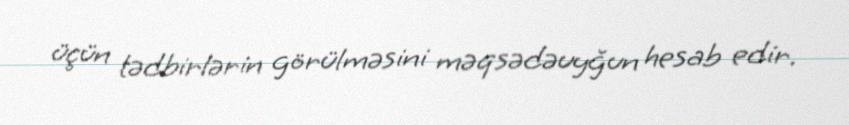
üçün tədbirlərin görülməsini məqsədəuyğun hesab edir.